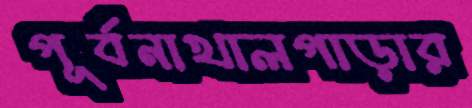
পূর্বনাখালপাড়ার